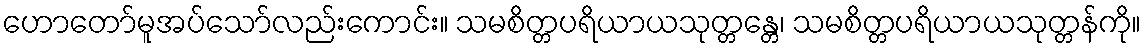
ဟောတော်မူအပ်သော်လည်းကောင်း။ သမစိတ္တပရိယာယသုတ္တန္တေ၊ သမစိတ္တပရိယာယသုတ္တန်ကို။